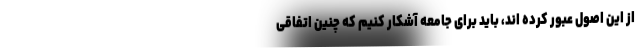
از این اصول عبور کرده اند، باید برای جامعه آشکار کنیم که چنین اتفاقی